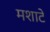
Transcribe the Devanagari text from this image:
मशाटे